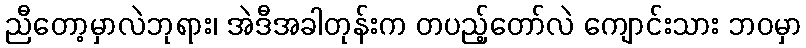
ညီတော့မှာလဲဘုရား၊ အဲဒီအခါတုန်းက တပည့်တော်လဲ ကျောင်းသား ဘဝမှာ